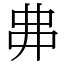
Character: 丳